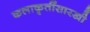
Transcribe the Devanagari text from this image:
कलाकॄतींसारखी